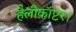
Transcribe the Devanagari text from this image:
हैलीकॉप्टर।